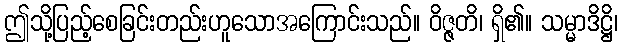
ဤသို့ပြည့်စေခြင်းတည်းဟူသောအကြောင်းသည်။ ဝိဇ္ဇတိ၊ ရှိ၏။ သမ္မာဒိဋ္ဌိ၊